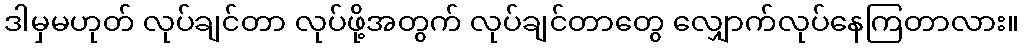
ဒါမှမဟုတ် လုပ်ချင်တာ လုပ်ဖို့အတွက် လုပ်ချင်တာတွေ လျှောက်လုပ်နေကြတာလား။